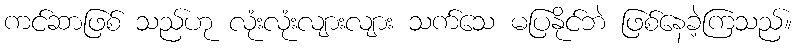
ကင်ဆာဖြစ် သည်ဟု လုံးလုံးလျားလျား သက်သေ မပြနိုင်ဘဲ ဖြစ်နေခဲ့ကြသည်။